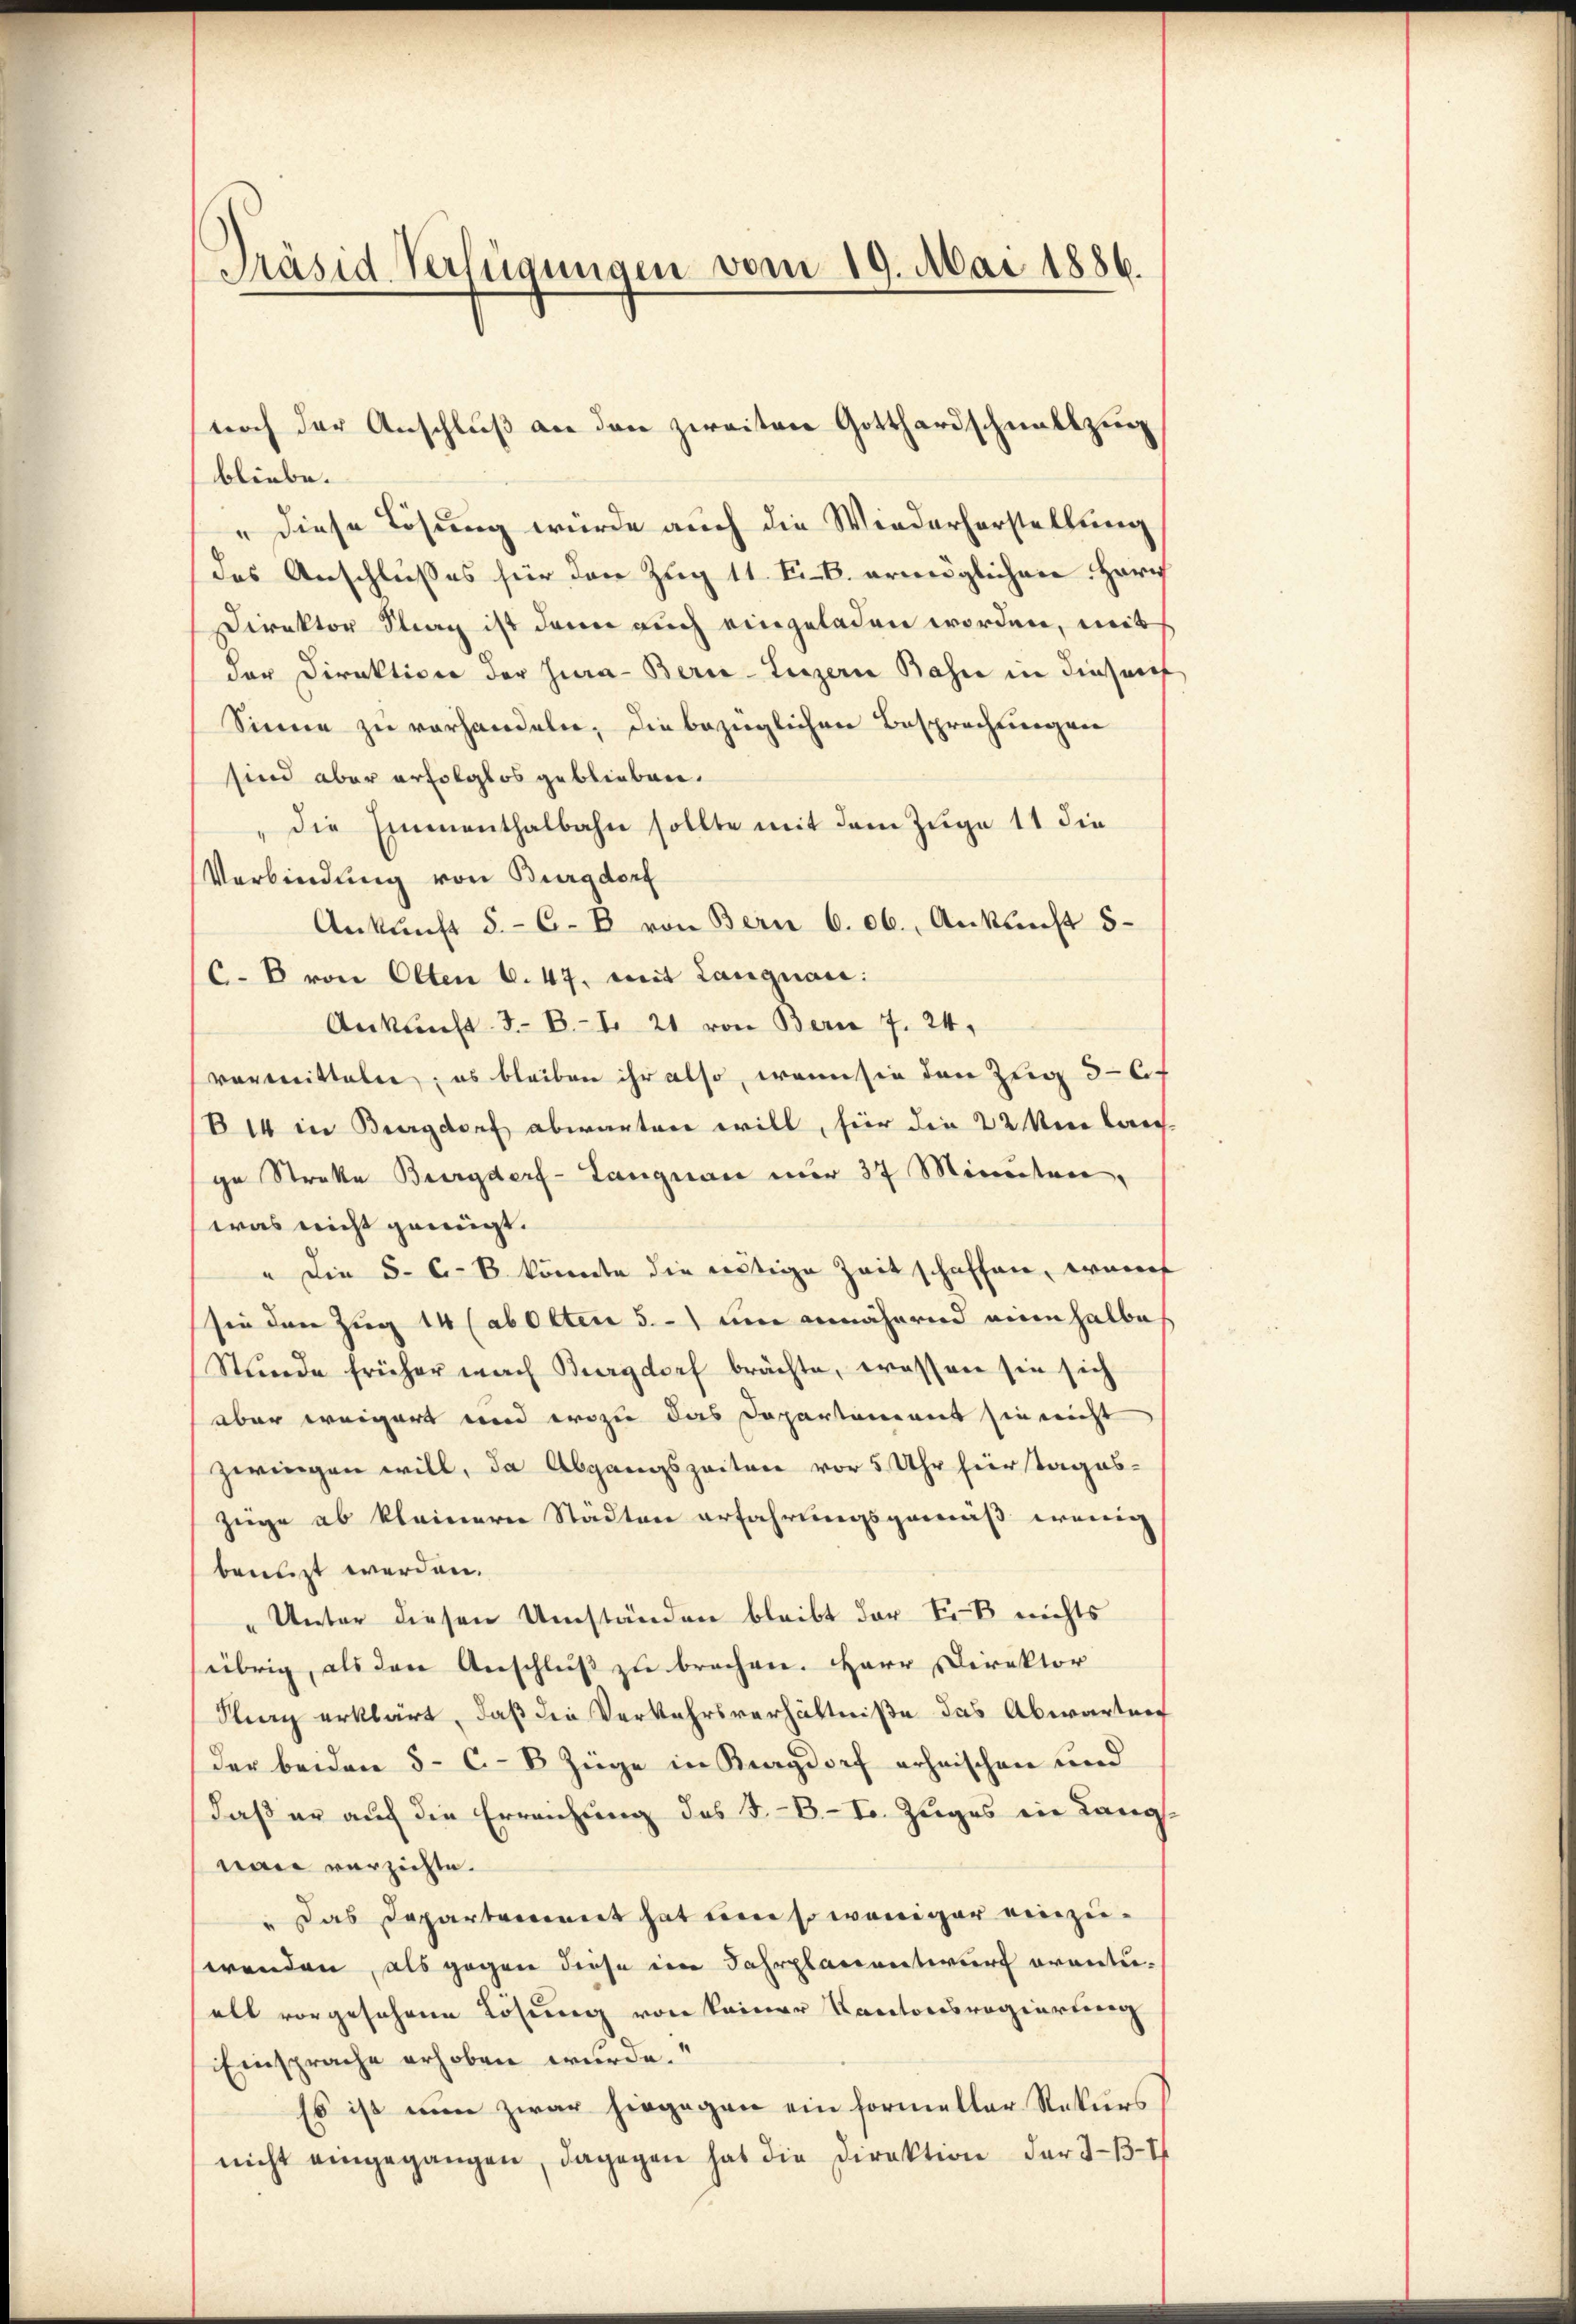
Präsid. Verfügungen vom 19. Mai 1886.

noch der Anschluß an den zweiten Gotthardschnellzug
bliebe.
" diese Lösung würde auch die Wiederhorstellung
des Anschlußes für den Zug 11. F. B. ermöglichen Herr
Direktor Strag ist dann auch eingeladen worden, mit
der Direktion der Jura-Bern-Luzern Bahn in diesem
Sinne zu vorhandeln, die bezüglichen Besprechungen
sind aber erfolglos geblieben.
die Emmenthalbahn sollte mit dem Zuge 11 die
Verbindung von Burgdorf
Ankunft §. 6. B. von Bern C. 06., Ankunft 5
(C. k von Olten S. 47. mit Langnau:
Ankunft d. B. 1. 21 von Bern 7. 24,
vermitteln; es bleiben ihr also, wenn sie den Zug 3-6f
B14 in Burgdorf abwarten will, für die 22 Umlauf-
ge Streke Burgdorf- Langnau nur 37 Minuten,
was nicht genügt.
" die 5. C.-B könnte die nötige Zeit schaffen, warent
sie den Zug 14 (abolten 5. -) um annähernd eine halbe
Stunde früher nach Burgdorf brächte, wassen sie sich
aber weigert und wozu das Departement sie nicht
zwingen will, da Abgangszeiten vor 5 Uhr hiertages-
Züge ab kleinern Stadten erfahrungsgarniß wenig
benuzt werden.
" Unter diesen Umständen bleibt der Fi-B nichts
übrig, als den Anschluß zu brechen. Herr Direktor
Surg erklärt, daß die Verkehrsverhältniße das Abwartung
der beiden 5 - C.-B Züge in Kragdorf erheischen und
daß er auf die Erreichung des B.-B. I. Zuges ein Lang.
nan verzichte.
" Das Departement hat um so weniger einzuwenden, als gegen diese im Fahrplanentwurf erantiall vorgesehene Lösung von keiner Kantonsregierung
Einsprache erhoben wurde.“
Es ist nun zwar hingegen ein formeller Rekurs
nicht eingegangen, dagegen hat die Direktion der I-B3-1